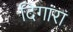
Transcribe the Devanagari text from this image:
दिगांरा